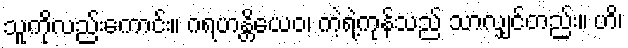
သူကိုလည်းကောင်း။ ဂရဟန္တိယေဝ၊ ကဲ့ရဲ့ကုန်သည် သာလျှင်တည်း။ ဟိ၊